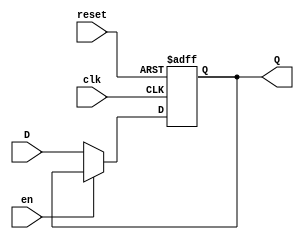
module Program_Register(
				input wire clk,	
				input wire reset,
				input wire en,
				input wire [31:0]D,
				output reg [31:0]Q
		 );


	//always@(posedge clk or negedge reset) begin

	always@(posedge clk or posedge reset) 
	begin	
		if (reset)
			Q <= 32'h0;
		else if (en == 1'b1)
			Q <= Q;
		else
			Q <= D; 
	end

endmodule